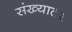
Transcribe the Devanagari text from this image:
संख्यातर